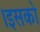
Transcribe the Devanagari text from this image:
।इसको